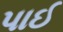
પાઈ